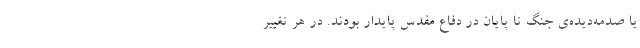
یا صدمه‌دیده‌ی جنگ تا پایان در دفاع مقدس پایدار بودند. در هر تغییر